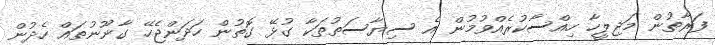
ފަރާތުން މަޖިލީހާ ހިއްސާކުރެއްވުމުން އެ ސިޔާސަތުތަކާ ގުޅޭ ގޮތުން ހަދަންޖެހޭ ގާނޫނުތައް ހެދުން